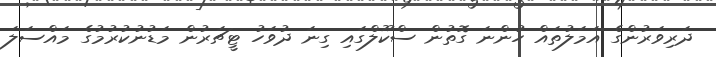
ދަރިވަރުންގެ އަމަލުތައް ހުންނަ ގޮތުން ސްކޫލްގައި ގިނަ ދުވަހު ޓީޗަރުން މަޑުނުކުރުމުގެ މައްސަލަ